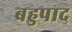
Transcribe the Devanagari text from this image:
बहुपाद